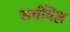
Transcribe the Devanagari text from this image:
सर्वविज्ञ